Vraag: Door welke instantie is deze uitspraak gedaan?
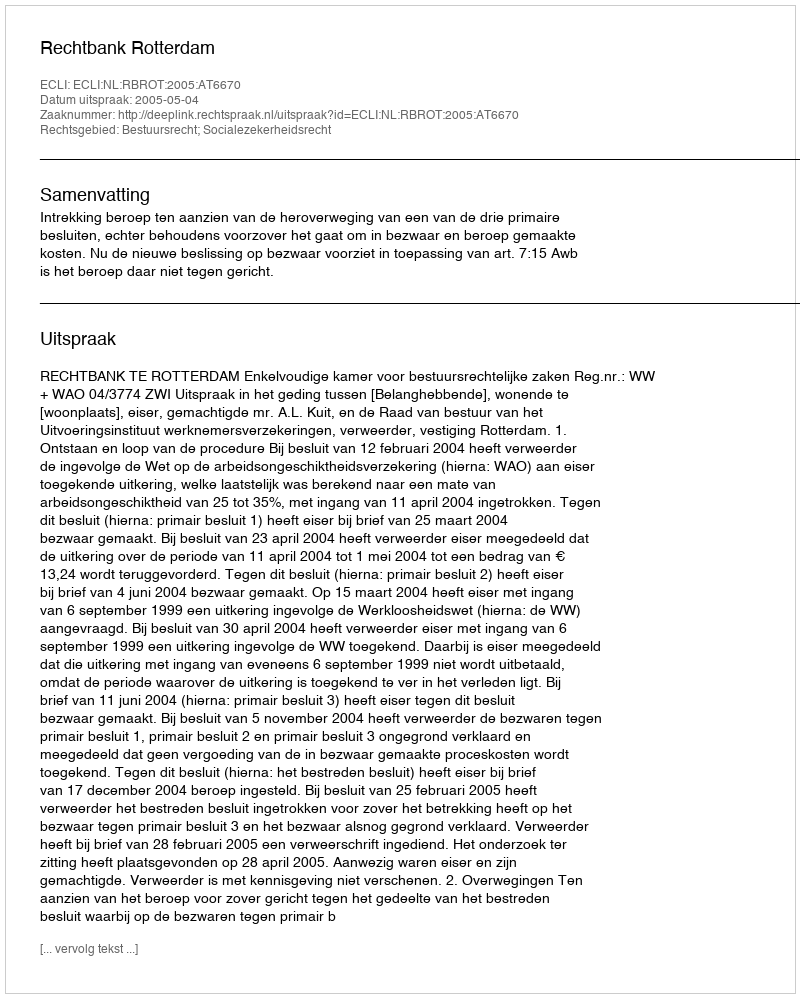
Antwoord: Rechtbank Rotterdam